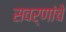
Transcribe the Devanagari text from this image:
सवर्णांचे